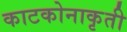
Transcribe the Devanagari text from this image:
काटकोनाकृती